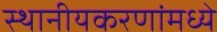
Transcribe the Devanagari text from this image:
स्थानीयकरणांमध्ये